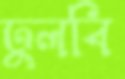
ঢুলবি